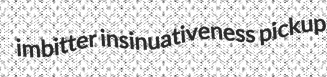
imbitter insinuativeness pickup